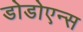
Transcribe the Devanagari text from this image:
डोडोएन्स